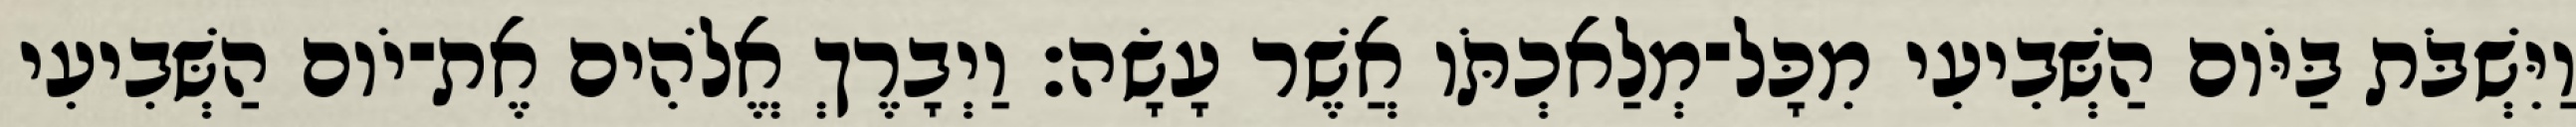
וַיִּשְׁבֹּת בַּיֹּום הַשְּׁבִיעִי מִכָּל־מְלַאכְתֹּו אֲשֶׁר עָשָׂה׃ וַיְבָרֶךְ אֱלֹהִים אֶת־יֹום הַשְּׁבִיעִי